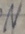
Text: N